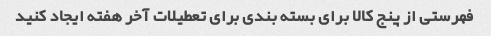
فهرستی از پنج کالا برای بسته بندی برای تعطیلات آخر هفته ایجاد کنید